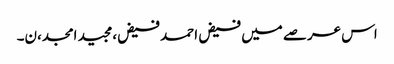
اس عرصے میں فیض احمد فیض،مجید امجد،ن۔